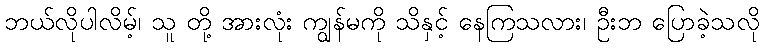
ဘယ်လိုပါလိမ့်၊ သူ တို့ အားလုံး ကျွန်မကို သိနှင့် နေကြသလား၊ ဦးဘ ပြောခဲ့သလို